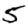
Digit: 5